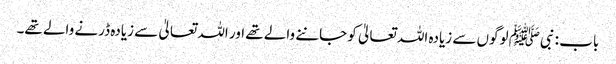
باب : نبیﷺ لوگوں سے زیادہ اللہ تعالیٰ کو جاننے والے تھے اور اللہ تعالیٰ سے زیادہ ڈرنے والے تھے۔